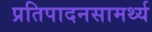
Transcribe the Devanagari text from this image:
प्रतिपादनसामर्थ्य